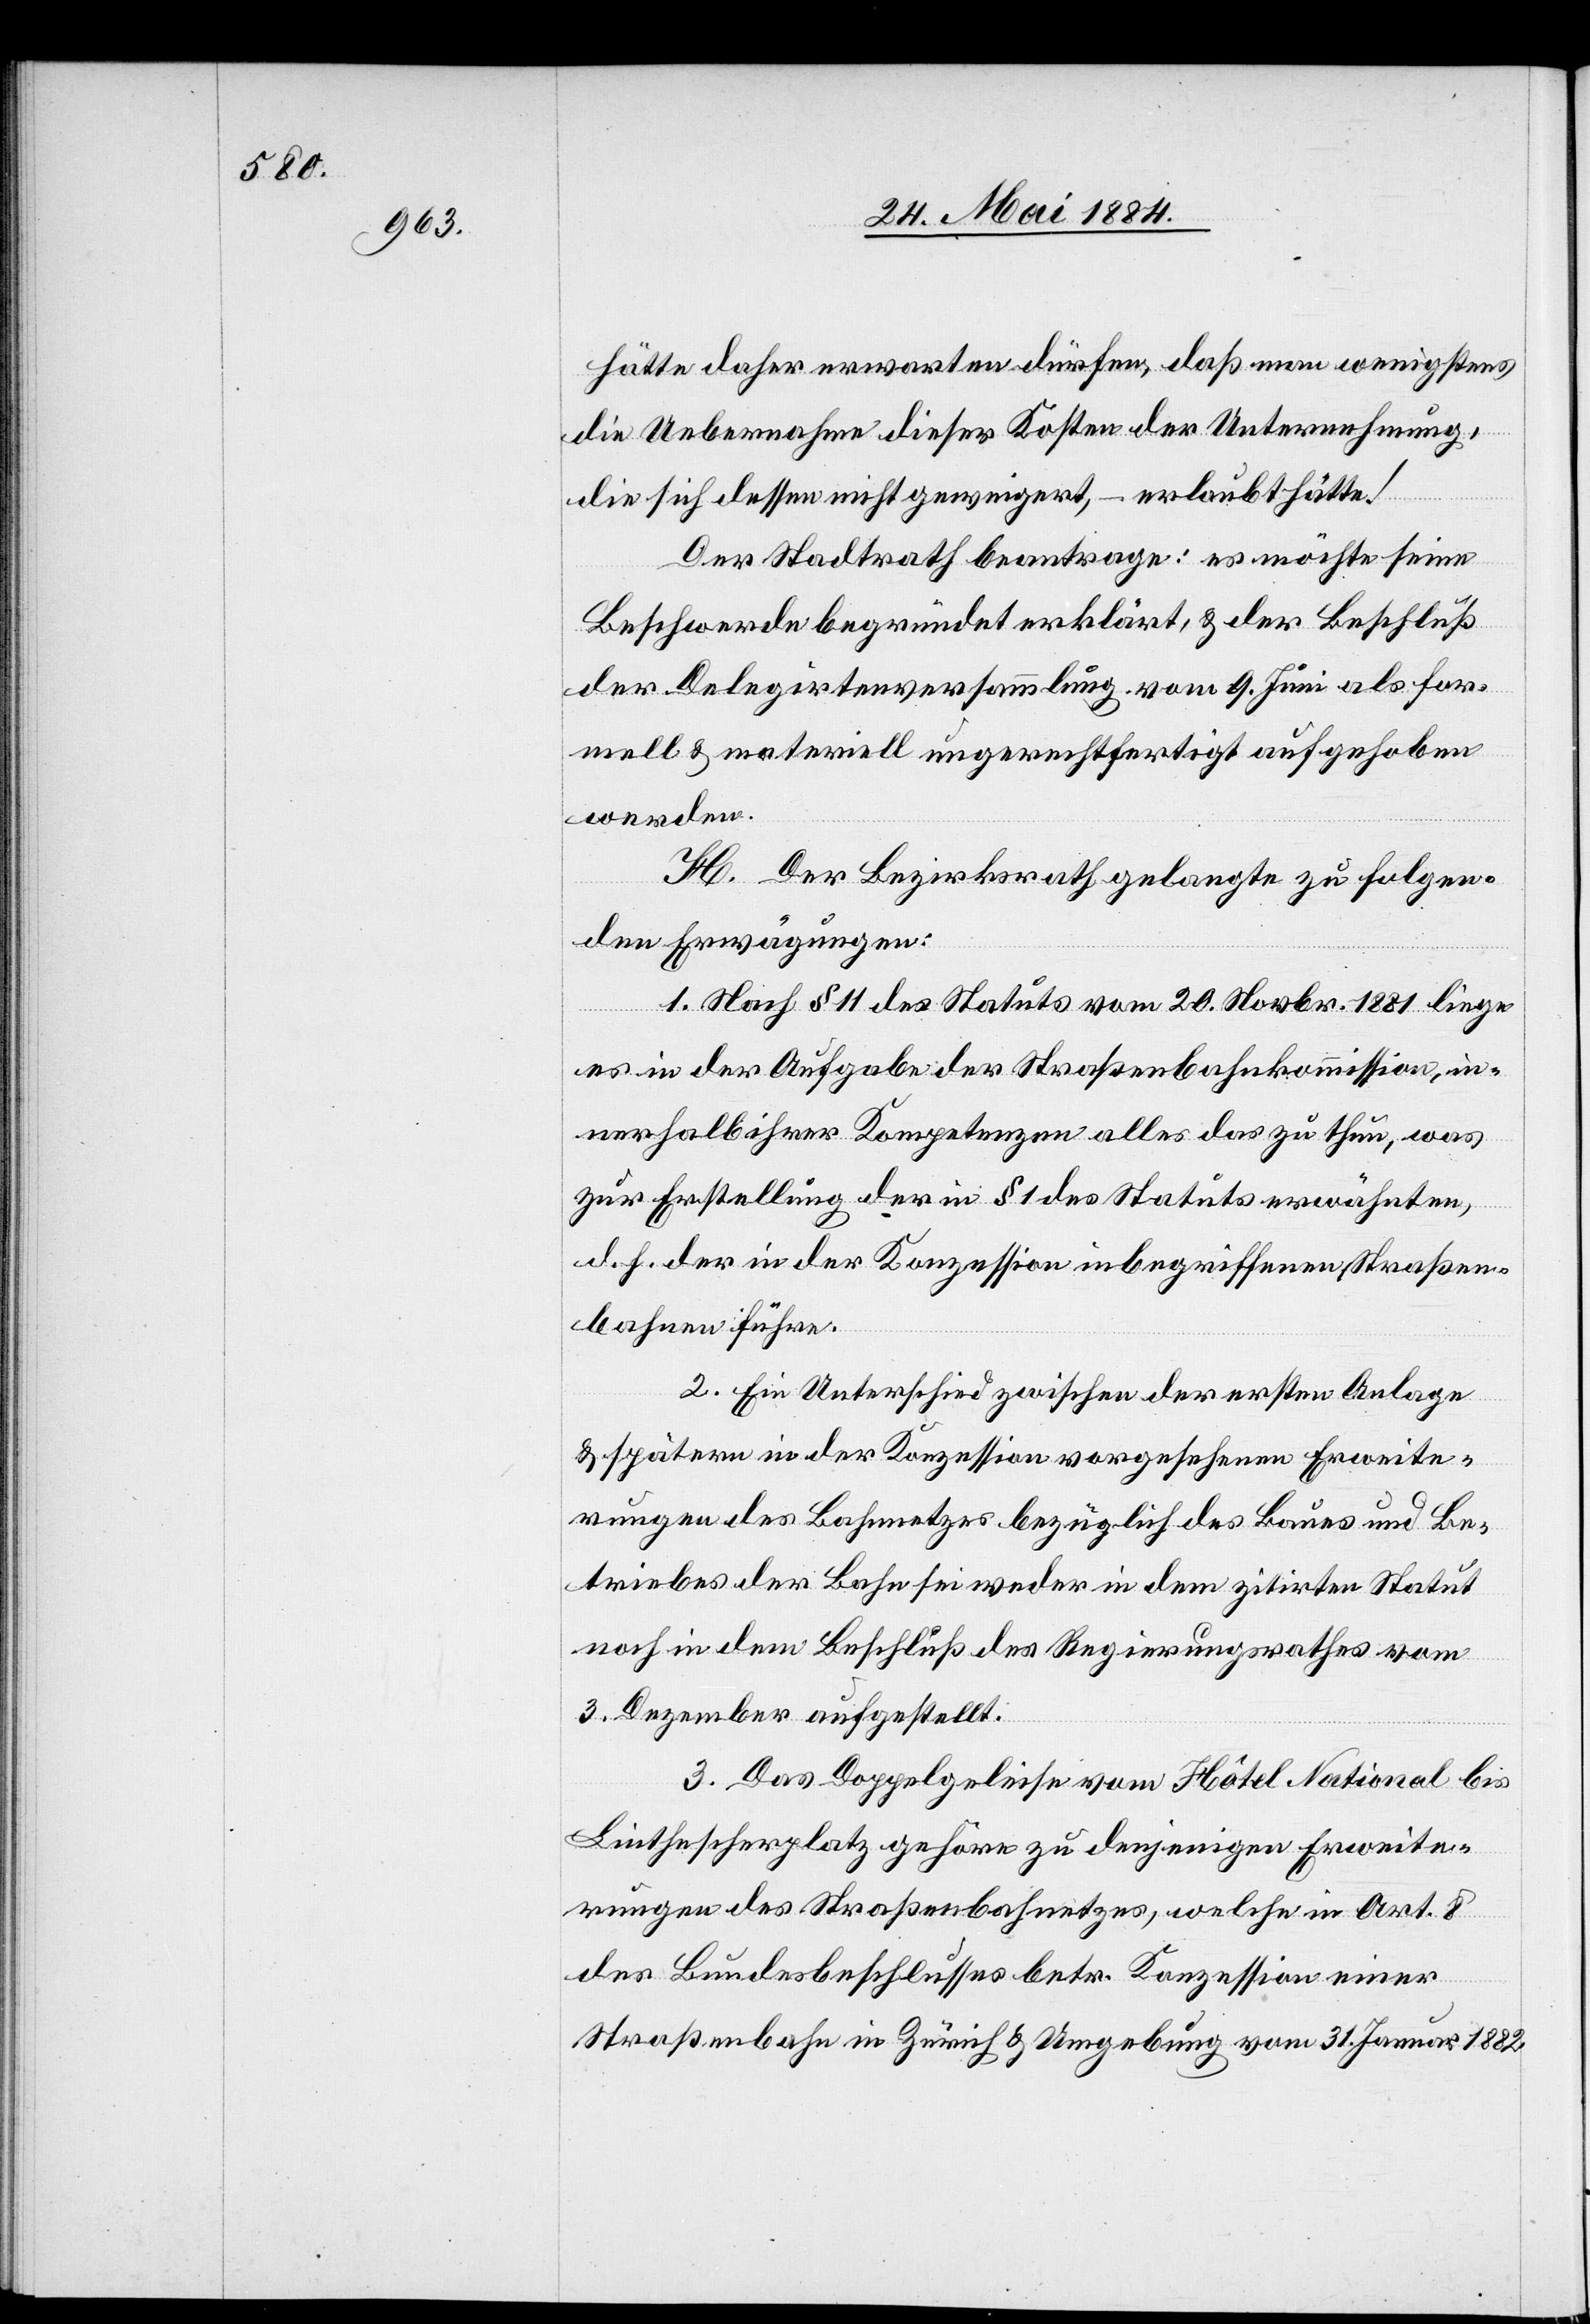
hätte daher erwarten dürfen, daß man wenigstens
die Uebernahme dieser Kosten der Unternehmung,
die sich dessen nicht geweigert, – erlaubt hätte!
Der Stadtrath beantrage: es möchte seine
Beschwerde begründet erklärt, & der Beschluß
der Delegirtenversammlung vom 9. Juni als for¬
mell & materiell ungerechtfertigt aufgehoben
werden.
H. Der Bezirksrath gelangte zu folgen¬
den Erwägungen:
1. Nach § 11 des Statuts vom 20. Novbr. 1881 liege
es in der Aufgabe der Straßenbahnkommission, in¬
nerhalb ihrer Kompetenzen alles das zu thun, was
zur Erstellung der in § 1 des Statuts erwähnten,
d. h. der in der Konzession inbegriffenen Straßen¬
bahnen führe.
2. Ein Unterschied zwischen der ersten Anlage
& spätern in der Konzession vorgesehenen Erweite¬
rungen des Bahnnetzes bezüglich des Baues und Be¬
triebes der Bahn sei weder in dem zitirten Statut
noch in dem Beschluß des Regierungsrathes vom
3. Dezember aufgestellt.
3. Das Doppelgeleise vom Hôtel National bis
Linthescherplatz gehöre zu denjenigen Erweite¬
rungen des Straßenbahnnetzes, welche in Art. 8
des Bundesbeschlusses betr. Konzession einer
Straßenbahn in Zürich & Umgebung vom 31. Januar 1882